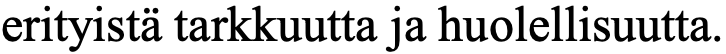
erityistä tarkkuutta ja huolellisuutta.